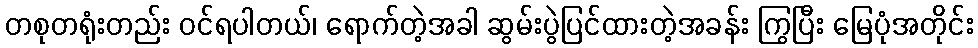
တစုတရုံးတည်း ဝင်ရပါတယ်၊ ရောက်တဲ့အခါ ဆွမ်းပွဲပြင်ထားတဲ့အခန်း ကြွပြီး မြေပုံအတိုင်း